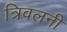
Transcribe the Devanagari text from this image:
त्रिवलनी